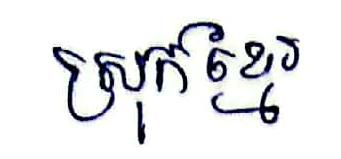
ស្រុកខ្មែរ